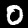
Digit: 0